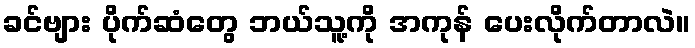
ခင်ဗျား ပိုက်ဆံတွေ ဘယ်သူ့ကို အကုန် ပေးလိုက်တာလဲ။